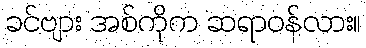
ခင်ဗျား အစ်ကိုက ဆရာဝန်လား။